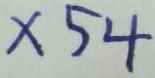
\times 5 4